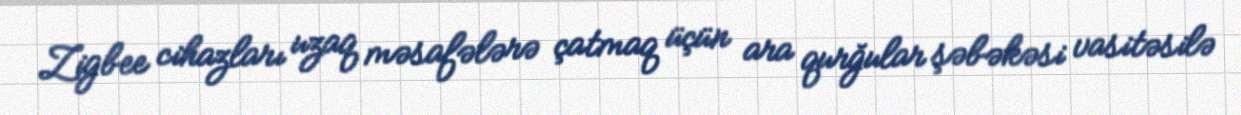
Zigbee cihazları uzaq məsafələrə çatmaq üçün ara qurğular şəbəkəsi vasitəsilə